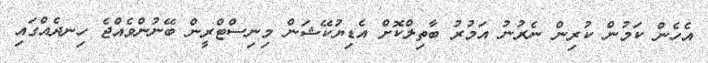
އެހެން ކަމުން ކުރިން ނެރުނު އަމުރު ބާތިލްކޮށް އެޑިޔުކޭޝަން މިނިސްޓްރީން ބޭނުންވެއްޖެ ހިނދެއްގައި